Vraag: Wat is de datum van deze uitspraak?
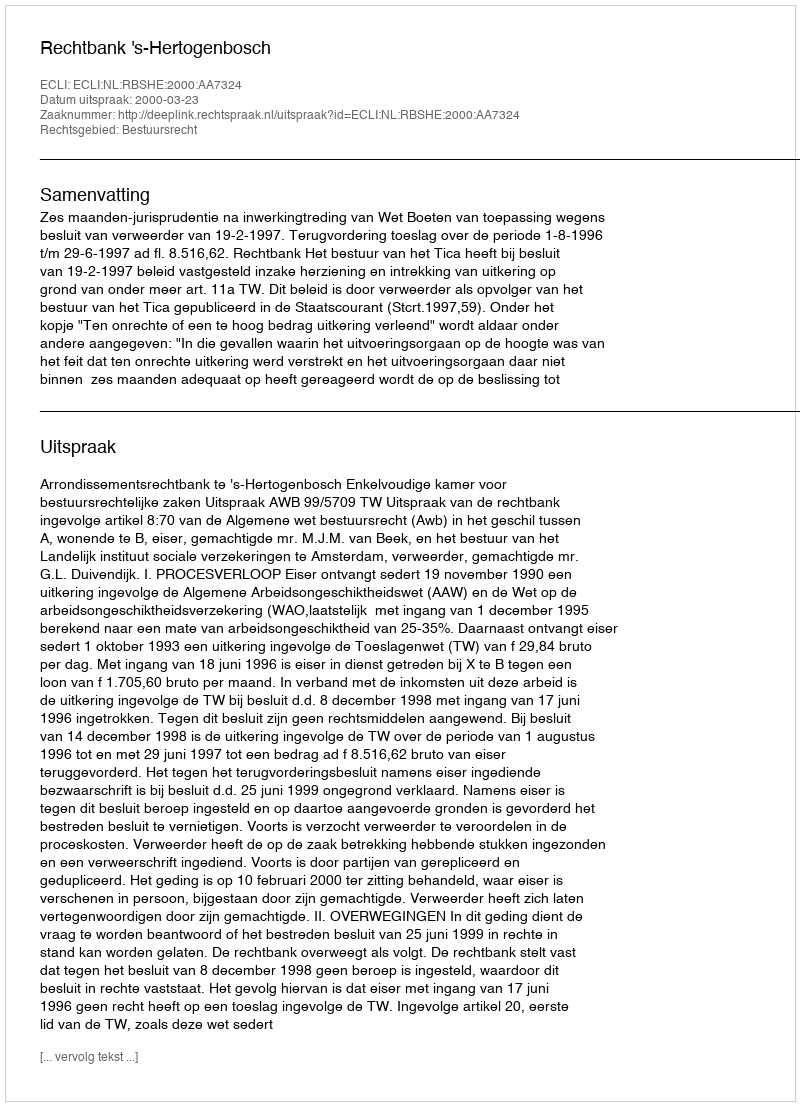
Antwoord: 2000-03-23